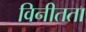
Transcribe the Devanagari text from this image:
विनीतता